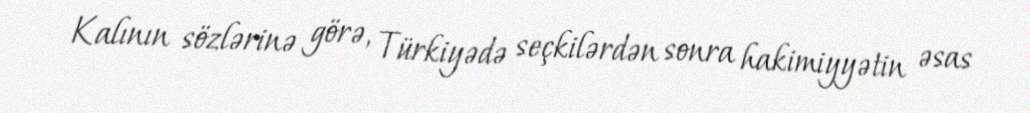
Kalının sözlərinə görə, Türkiyədə seçkilərdən sonra hakimiyyətin əsas